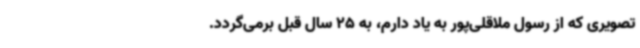
تصویری که از رسول ملاقلی‌پور به یاد دارم، به 25 سال قبل برمی‌گردد.